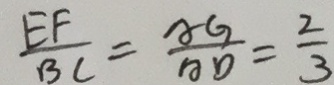
\frac { E F } { B C } = \frac { A G } { A D } = \frac { 2 } { 3 }